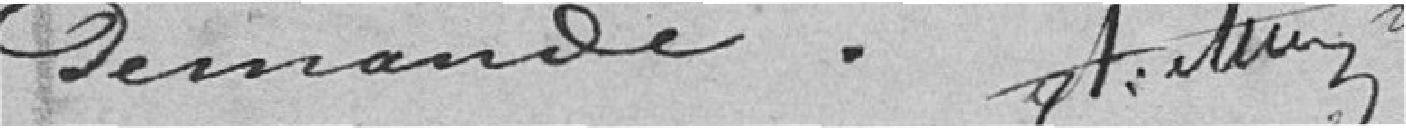
demandé